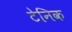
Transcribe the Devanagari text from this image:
टेनिक